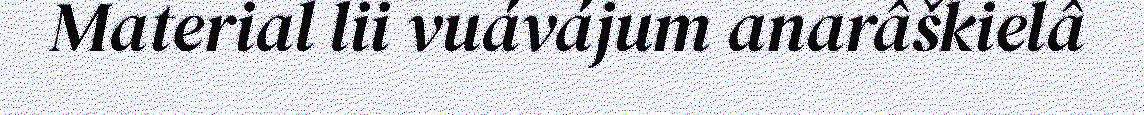
Material lii vuávájum anarâškielâ